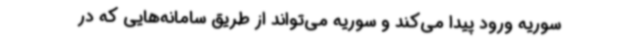
سوریه ورود پیدا می‌کند و سوریه می‌تواند از طریق سامانه‌هایی که در